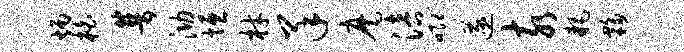
炳柏普泐垣材羊麾涪唧遂亥耗夥